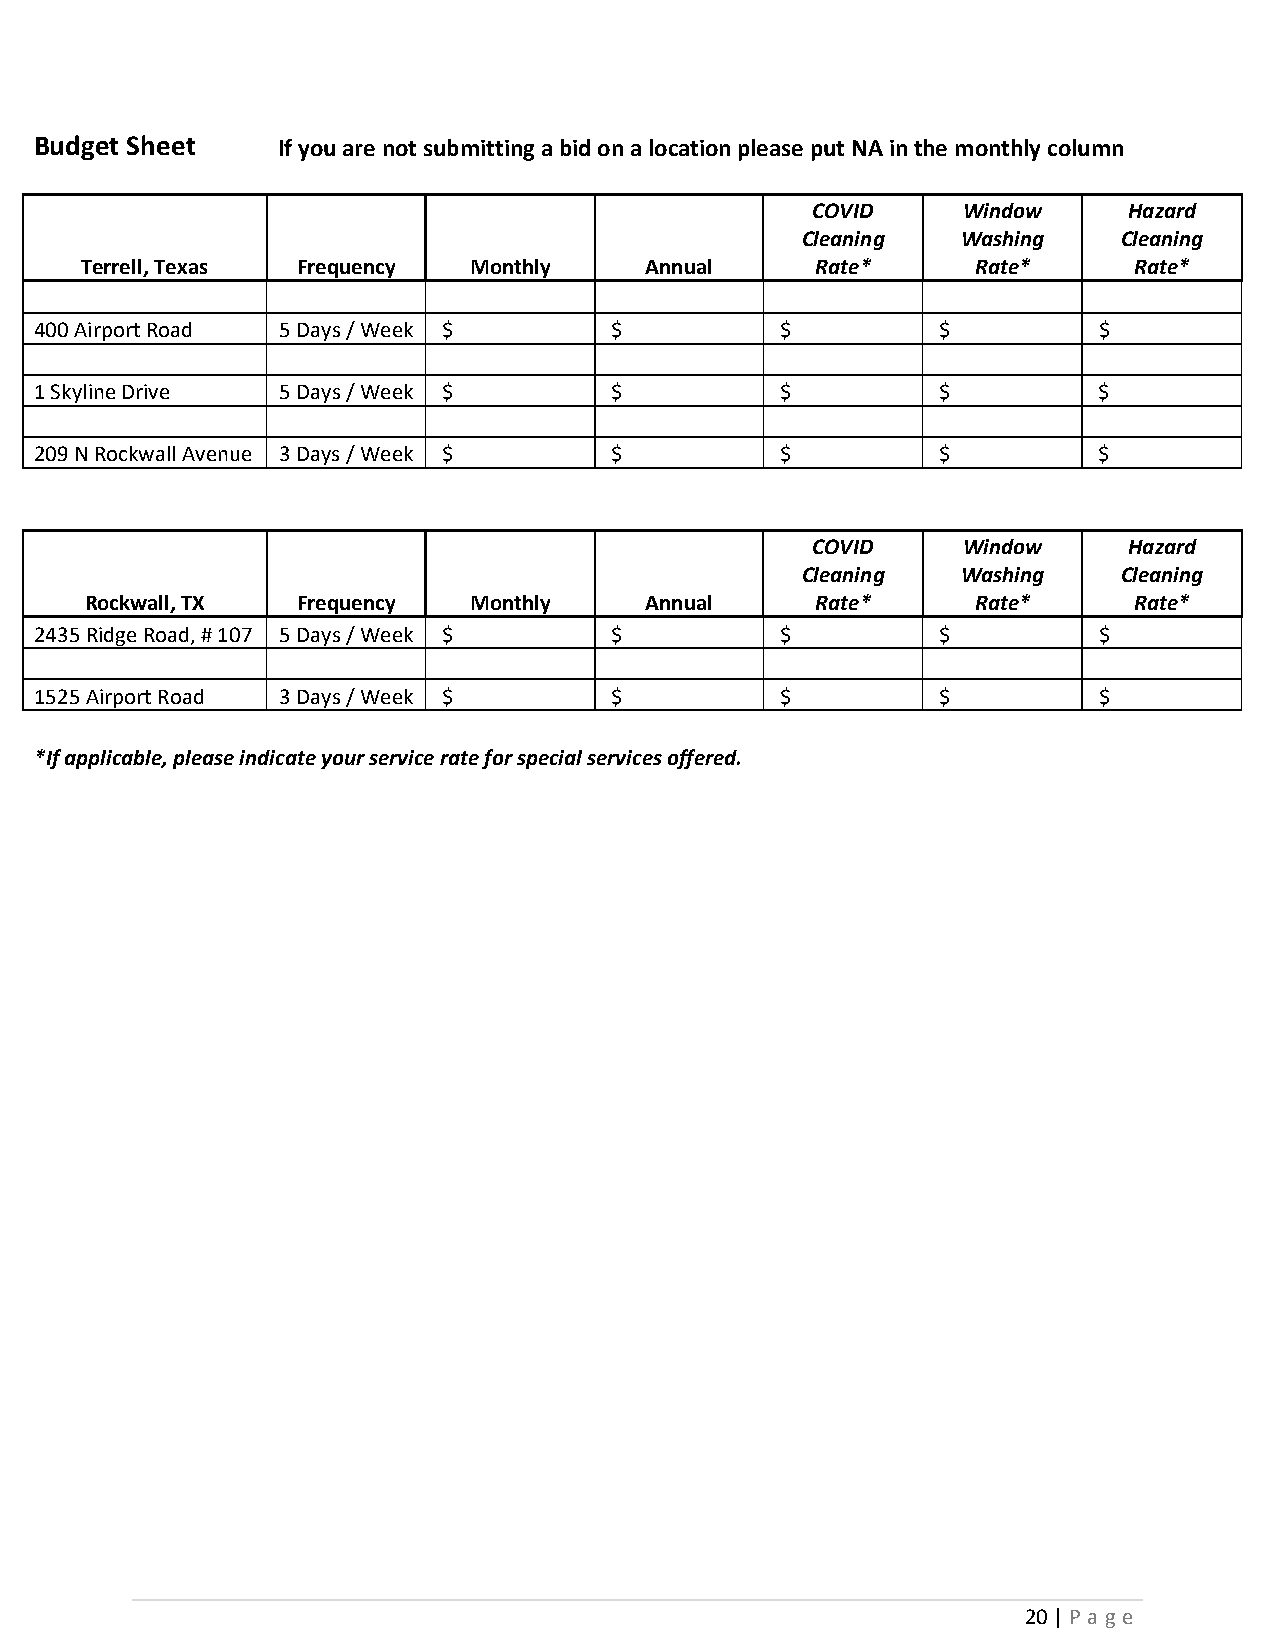
Budget Sheet    If you are not submitting a bid on a location please put NA in the monthly column
 COVID     Window     Hazard
 Cleaning   Washing   Cleaning
 Terrell, Texas Frequency  Monthly     Annual     Rate*      Rate*     Rate*
 400 Airport Road 5 Days / Week $      $           $         $          $
 1 Skyline Drive 5 Days / Week $       $           $         $          $
 209 N Rockwall Avenue 3 Days / Week $ $           $         $          $
 COVID     Window     Hazard
 Cleaning   Washing   Cleaning
 Rockwall, TX  Frequency  Monthly     Annual     Rate*      Rate*     Rate*
 2435 Ridge Road, # 107 5 Days / Week $ $          $         $          $
 1525 Airport Road 3 Days / Week $     $           $         $          $
 *If applicable, please indicate your service rate for special services offered.
 20 | P a g e